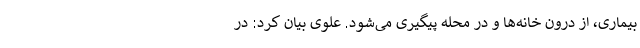
بیماری، از درون خانه‌ها و در محله پیگیری می‌شود. علوی بیان کرد: در